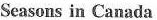
Seasons in Canada